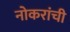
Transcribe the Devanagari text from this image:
नोकरांची